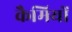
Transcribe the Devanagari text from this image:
कैमियों